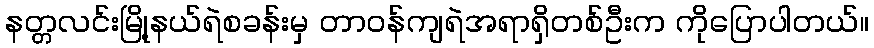
နတ္တလင်းမြို့နယ်ရဲစခန်းမှ တာဝန်ကျရဲအရာရှိတစ်ဦးက ကိုပြောပါတယ်။